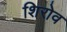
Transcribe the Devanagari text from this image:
शिरोव